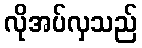
လိုအပ်လှသည်